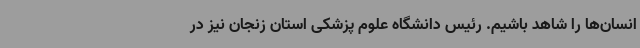
انسان‌ها را شاهد باشیم. رئیس دانشگاه علوم پزشکی استان زنجان نیز در